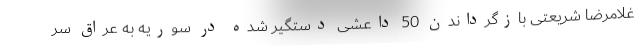
غلامرضا شریعتی بازگرداندن 50 داعشی دستگیر شده در سوریه به عراق سر